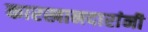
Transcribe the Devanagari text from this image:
कारखानदारांनी